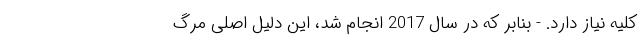
کلیه نیاز دارد. - بنابر که در سال 2017 انجام شد، این دلیل اصلی مرگ